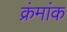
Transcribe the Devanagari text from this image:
क्रंमांक